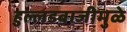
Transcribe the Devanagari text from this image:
हुल्लडबाजीमुळे